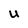
Character: U